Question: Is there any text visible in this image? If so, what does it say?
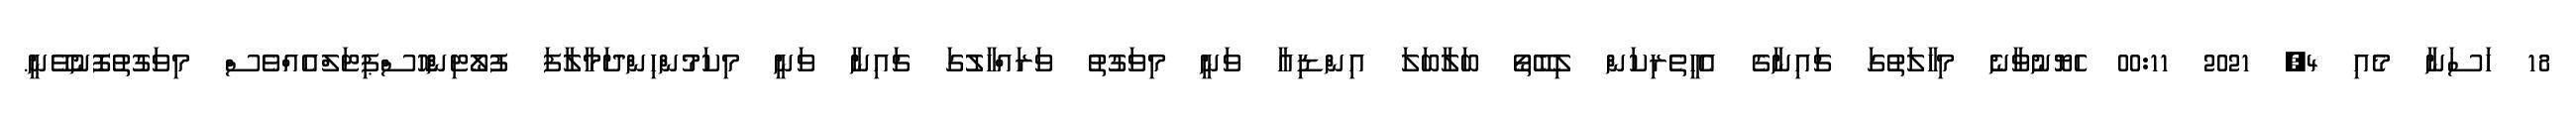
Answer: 18 ހަސަނާ މެއި 4, 2021 00:11 ހެޔޮނުވާނެ މިހާލަތުގަ ޗައިނާގެ އެހީތެރިކަން ލިބޭތޯ ބަލާބަލަ އިންޑިއާ ވަނީ މިވަގުތު ވަރައްހާލުގަ ޗައިނާ ވަނީ މިކަމުންހިންދަމާލާފަ ފުލޯޓިންހޮސްޕިޓަލްއެއްވެސް މިވަގުތުފޮނުވޭނީ.